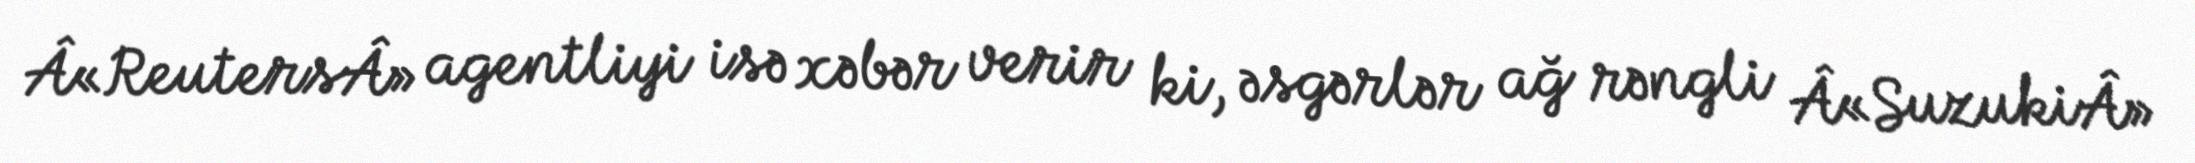
Â«ReutersÂ» agentliyi isə xəbər verir ki, əsgərlər ağ rəngli Â«SuzukiÂ»